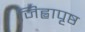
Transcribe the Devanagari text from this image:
जिह्वापृष्ठ